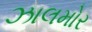
ઝાલમોર